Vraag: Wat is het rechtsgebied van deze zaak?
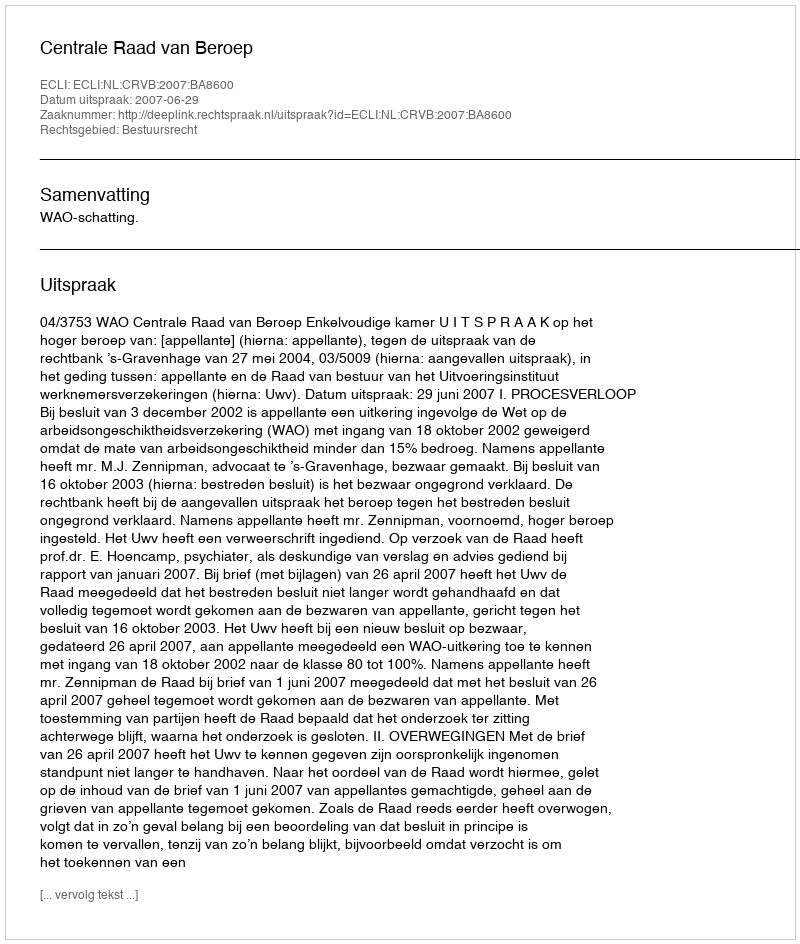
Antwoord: Bestuursrecht